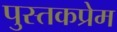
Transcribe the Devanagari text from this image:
पुस्तकप्रेम